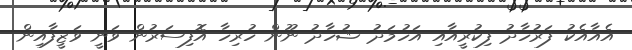
އެއާއެކު ފަރުހާދު ފިކުރީއާއި އަހުމަދު ޝުހާދު ނޫން ހުރިހާ އޮފިސަރުން ވަނީ ވަޒީފާއިން